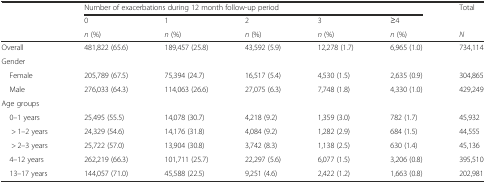
<table><thead><tr><td></td><td colspan="5"><b>Number of exacerbations during 12 month follow-up period</b></td><td rowspan="2"><b>Total</b></td></tr><tr><td></td><td><b>0</b></td><td><b>1</b></td><td><b>2</b></td><td><b>3</b></td><td><b>≥4</b></td></tr><tr><td></td><td><b><i>n</i> (%)</b></td><td><b><i>n</i> (%)</b></td><td><b><i>n</i> (%)</b></td><td><b><i>n</i> (%)</b></td><td><b><i>n</i> (%)</b></td><td><b><i>N</i></b></td></tr></thead><tbody><tr><td>Overall</td><td>481,822 (65.6)</td><td>189,457 (25.8)</td><td>43,592 (5.9)</td><td>12,278 (1.7)</td><td>6,965 (1.0)</td><td>734,114</td></tr><tr><td>Gender</td><td></td><td></td><td></td><td></td><td></td><td></td></tr><tr><td> Female</td><td>205,789 (67.5)</td><td>75,394 (24.7)</td><td>16,517 (5.4)</td><td>4,530 (1.5)</td><td>2,635 (0.9)</td><td>304,865</td></tr><tr><td> Male</td><td>276,033 (64.3)</td><td>114,063 (26.6)</td><td>27,075 (6.3)</td><td>7,748 (1.8)</td><td>4,330 (1.0)</td><td>429,249</td></tr><tr><td>Age groups</td><td></td><td></td><td></td><td></td><td></td><td></td></tr><tr><td> 0–1 years</td><td>25,495 (55.5)</td><td>14,078 (30.7)</td><td>4,218 (9.2)</td><td>1,359 (3.0)</td><td>782 (1.7)</td><td>45,932</td></tr><tr><td>&gt; 1–2 years</td><td>24,329 (54.6)</td><td>14,176 (31.8)</td><td>4,084 (9.2)</td><td>1,282 (2.9)</td><td>684 (1.5)</td><td>44,555</td></tr><tr><td>&gt; 2–3 years</td><td>25,722 (57.0)</td><td>13,904 (30.8)</td><td>3,742 (8.3)</td><td>1,138 (2.5)</td><td>630 (1.4)</td><td>45,136</td></tr><tr><td> 4–12 years</td><td>262,219 (66.3)</td><td>101,711 (25.7)</td><td>22,297 (5.6)</td><td>6,077 (1.5)</td><td>3,206 (0.8)</td><td>395,510</td></tr><tr><td> 13–17 years</td><td>144,057 (71.0)</td><td>45,588 (22.5)</td><td>9,251 (4.6)</td><td>2,422 (1.2)</td><td>1,663 (0.8)</td><td>202,981</td></tr></tbody></table>